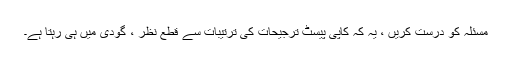
مسئلہ کو درست کریں ، یہ کہ کاپی پیسٹ ترجیحات کی ترتیبات سے قطع نظر ، گودی میں ہی رہتا ہے۔